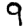
Digit: 9